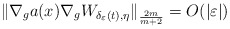
\begin{align*}\|\nabla_{g}a(x)\nabla_{g}W_{\delta_{\varepsilon}(t),\eta}\|_{\frac{2m}{m+2}}=O(|\varepsilon|)\end{align*}